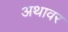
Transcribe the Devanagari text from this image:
अथावर